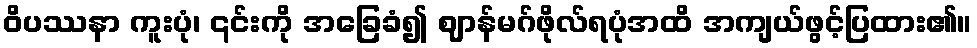
ဝိပဿနာ ကူးပုံ၊ ၎င်းကို အခြေခံ၍ ဈာန်မဂ်ဖိုလ်ရပုံအထိ အကျယ်ဖွင့်ပြထား၏။